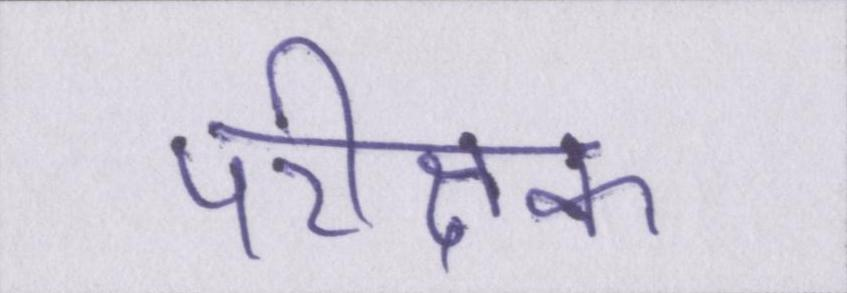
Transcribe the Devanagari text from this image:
परीक्षक